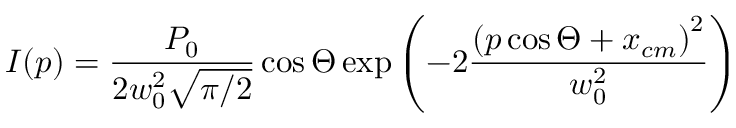
I ( p ) = \frac { P _ { 0 } } { 2 w _ { 0 } ^ { 2 } \sqrt { \pi / 2 } } \cos \Theta \exp \left( - 2 \frac { \left( p \cos \Theta + x _ { c m } \right) ^ { 2 } } { w _ { 0 } ^ { 2 } } \right)